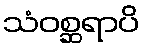
သံဝစ္ဆရာပိ